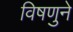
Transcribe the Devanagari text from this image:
विषणुने